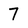
Character: 7